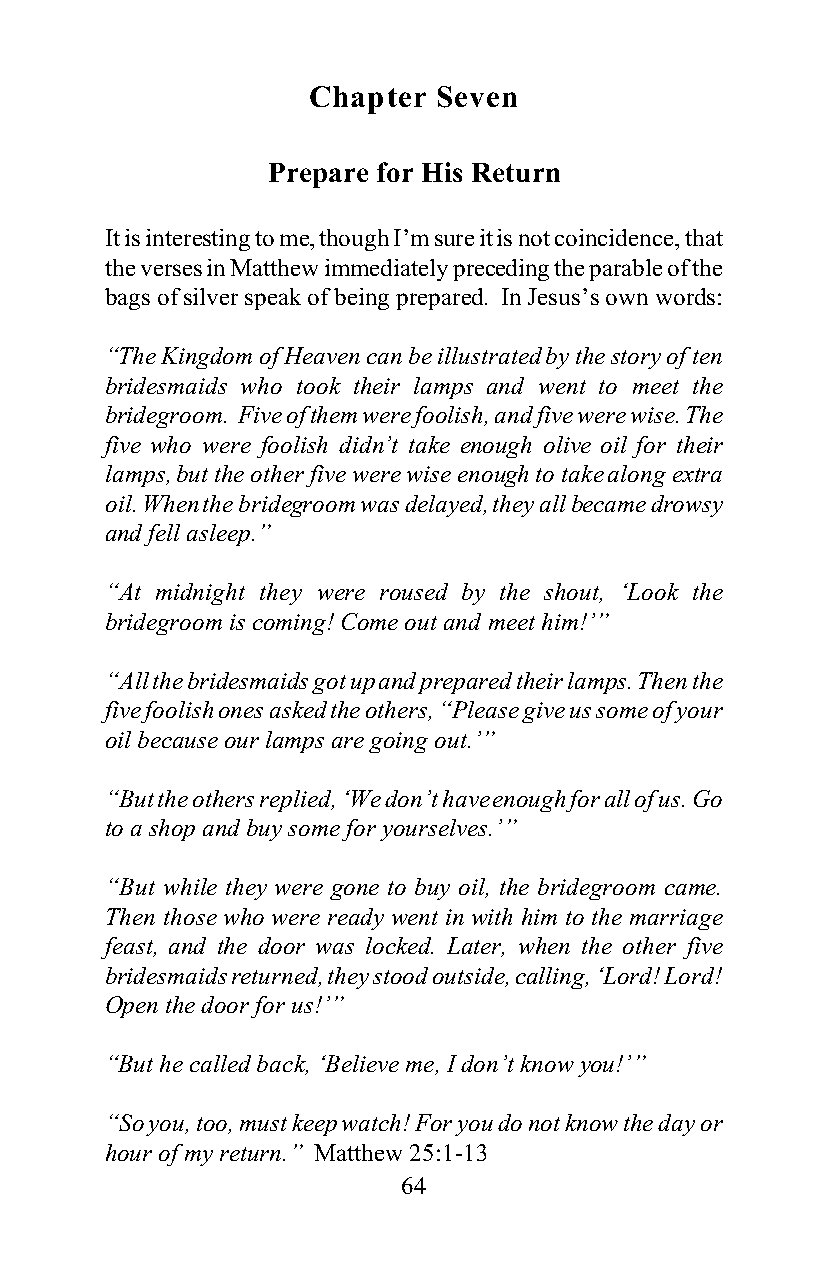
Chapter  Seven
 Prepare for His Return
 It is interesting to me, though I’m sure it is not coincidence, that
 the verses in Matthew immediately preceding the parable of the
 bags of silver speak of being prepared. In Jesus’s own words:
 “The Kingdom of Heaven can be illustrated by the story of ten
 bridesmaids who took their lamps and went to meet the
 bridegroom. Five of them were foolish, and five were wise. The
 five who were foolish didn’t take enough olive oil for their
 lamps, but the other five were wise enough to take along extra
 oil. When the bridegroom was delayed, they all became drowsy
 and fell asleep.”
 “At midnight they were roused by the shout, ‘Look the
 bridegroom is coming! Come out and meet him!’”
 “All the bridesmaids got up and prepared their lamps. Then the
 five foolish ones asked the others, “Please give us some of your
 oil because our lamps are going out.’”
 “But the others replied, ‘We don’t have enough for all of us. Go
 to a shop and buy some for yourselves.’”
 “But while they were gone to buy oil, the bridegroom came.
 Then those who were ready went in with him to the marriage
 feast, and the door was locked. Later, when the other five
 bridesmaids returned, they stood outside, calling, ‘Lord! Lord!
 Open the door for us!’”
 “But he called back, ‘Believe me, I don’t know you!’”
 “So you, too, must keep watch! For you do not know the day or
 hour of my return.” Matthew 25:1-13
 64